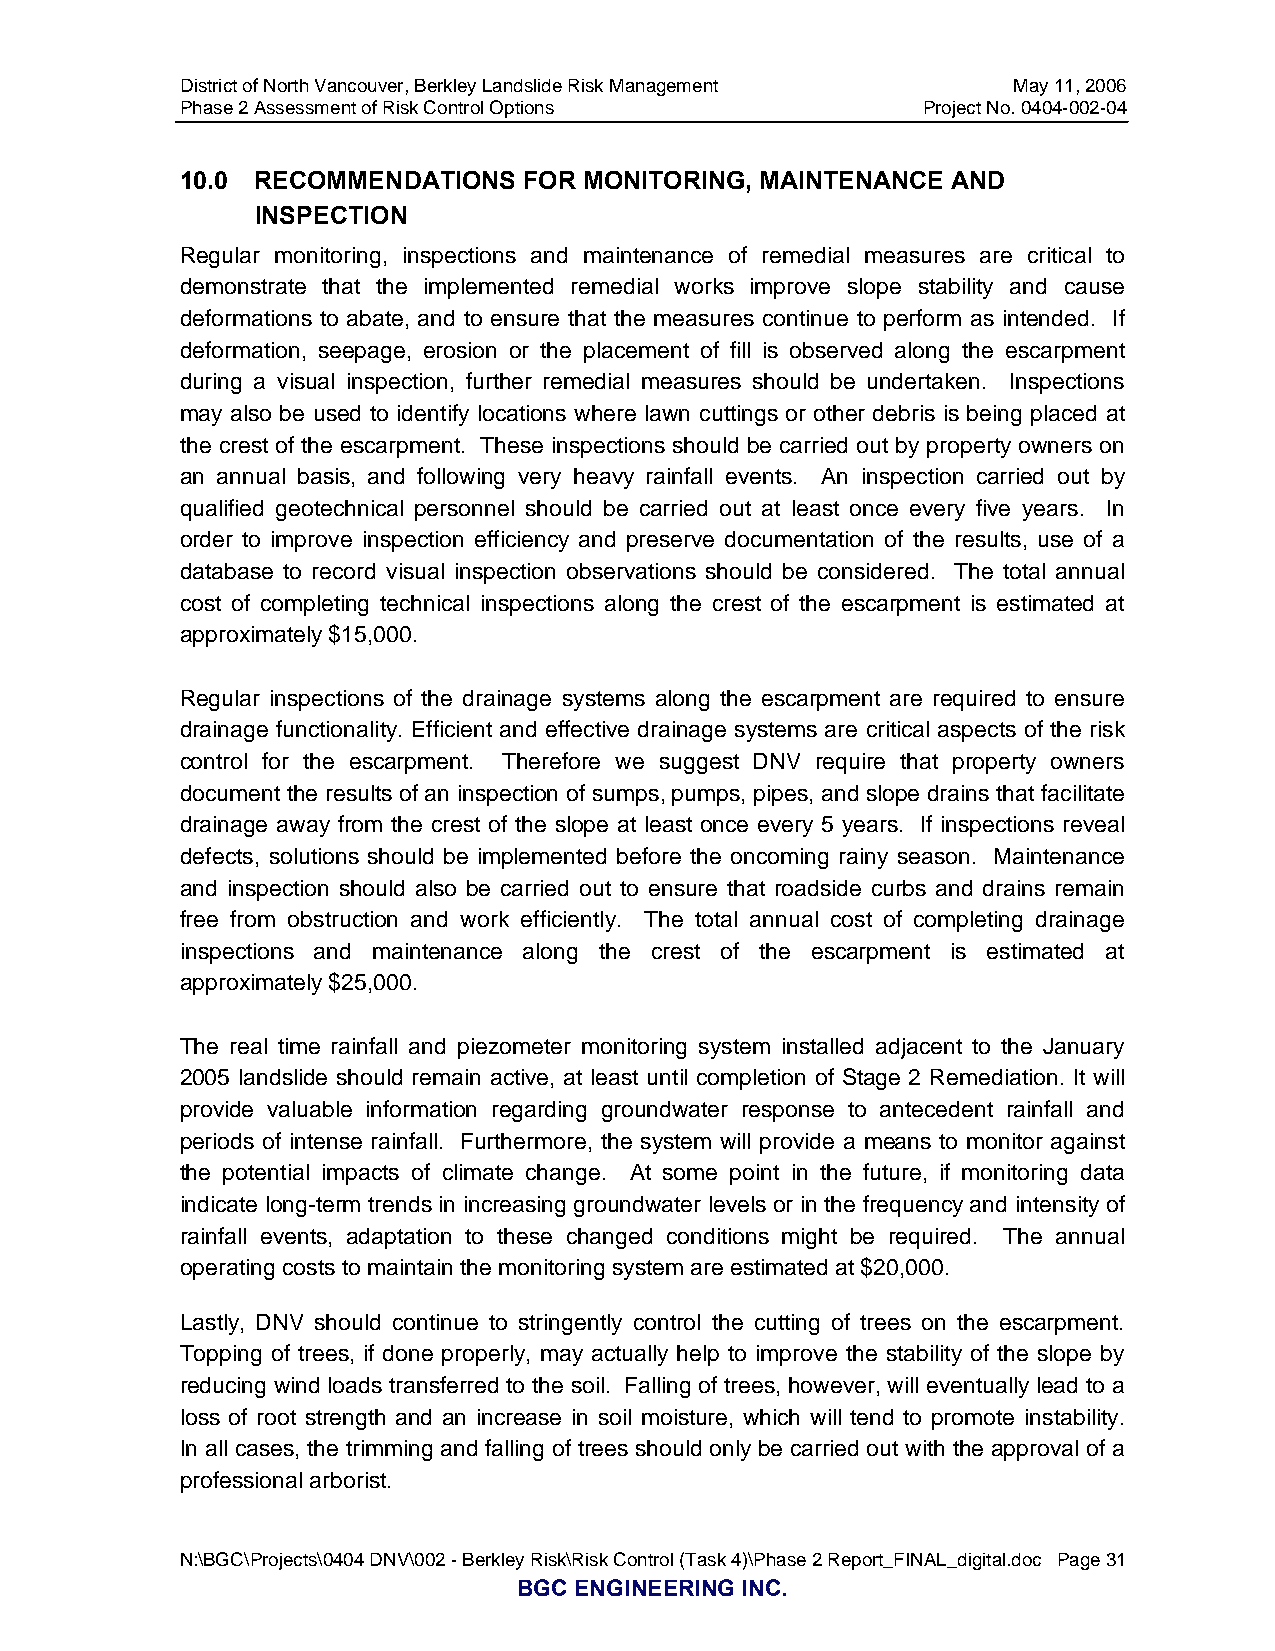
District of North Vancouver, Berkley Landslide Risk Management May 11, 2006
 Phase 2 Assessment of Risk Control Options       Project No. 0404-002-04
 10.0 RECOMMENDATIONS   FOR MONITORING, MAINTENANCE AND
 INSPECTION
 Regular monitoring, inspections and maintenance of remedial measures are critical to
 demonstrate that the implemented remedial works improve slope stability and cause
 deformations to abate, and to ensure that the measures continue to perform as intended. If
 deformation, seepage, erosion or the placement of fill is observed along the escarpment
 during a visual inspection, further remedial measures should be undertaken. Inspections
 may also be used to identify locations where lawn cuttings or other debris is being placed at
 the crest of the escarpment. These inspections should be carried out by property owners on
 an annual basis, and following very heavy rainfall events. An inspection carried out by
 qualified geotechnical personnel should be carried out at least once every five years. In
 order to improve inspection efficiency and preserve documentation of the results, use of a
 database to record visual inspection observations should be considered. The total annual
 cost of completing technical inspections along the crest of the escarpment is estimated at
 approximately $15,000.
 Regular inspections of the drainage systems along the escarpment are required to ensure
 drainage functionality. Efficient and effective drainage systems are critical aspects of the risk
 control for the escarpment. Therefore we suggest DNV require that property owners
 document the results of an inspection of sumps, pumps, pipes, and slope drains that facilitate
 drainage away from the crest of the slope at least once every 5 years. If inspections reveal
 defects, solutions should be implemented before the oncoming rainy season. Maintenance
 and inspection should also be carried out to ensure that roadside curbs and drains remain
 free from obstruction and work efficiently. The total annual cost of completing drainage
 inspections and maintenance along the crest of the escarpment is estimated at
 approximately $25,000.
 The real time rainfall and piezometer monitoring system installed adjacent to the January
 2005 landslide should remain active, at least until completion of Stage 2 Remediation. It will
 provide valuable information regarding groundwater response to antecedent rainfall and
 periods of intense rainfall. Furthermore, the system will provide a means to monitor against
 the potential impacts of climate change. At some point in the future, if monitoring data
 indicate long-term trends in increasing groundwater levels or in the frequency and intensity of
 rainfall events, adaptation to these changed conditions might be required. The annual
 operating costs to maintain the monitoring system are estimated at $20,000.
 Lastly, DNV should continue to stringently control the cutting of trees on the escarpment.
 Topping of trees, if done properly, may actually help to improve the stability of the slope by
 reducing wind loads transferred to the soil. Falling of trees, however, will eventually lead to a
 loss of root strength and an increase in soil moisture, which will tend to promote instability.
 In all cases, the trimming and falling of trees should only be carried out with the approval of a
 professional arborist.
 N:\BGC\Projects\0404 DNV\002 - Berkley Risk\Risk Control (Task 4)\Phase 2 Report_FINAL_digital.doc Page 31
 BGC ENGINEERING INC.